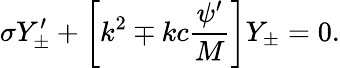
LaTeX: \sigma Y_{\pm}^{\prime}+\biggl[k^{2}\mp kc\frac{\psi^{\prime}}{M}\biggr]Y_{\pm}=0.